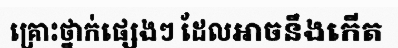
គ្រោះថ្នាក់ផ្សេងៗ ដែលអាចនឹងកើត